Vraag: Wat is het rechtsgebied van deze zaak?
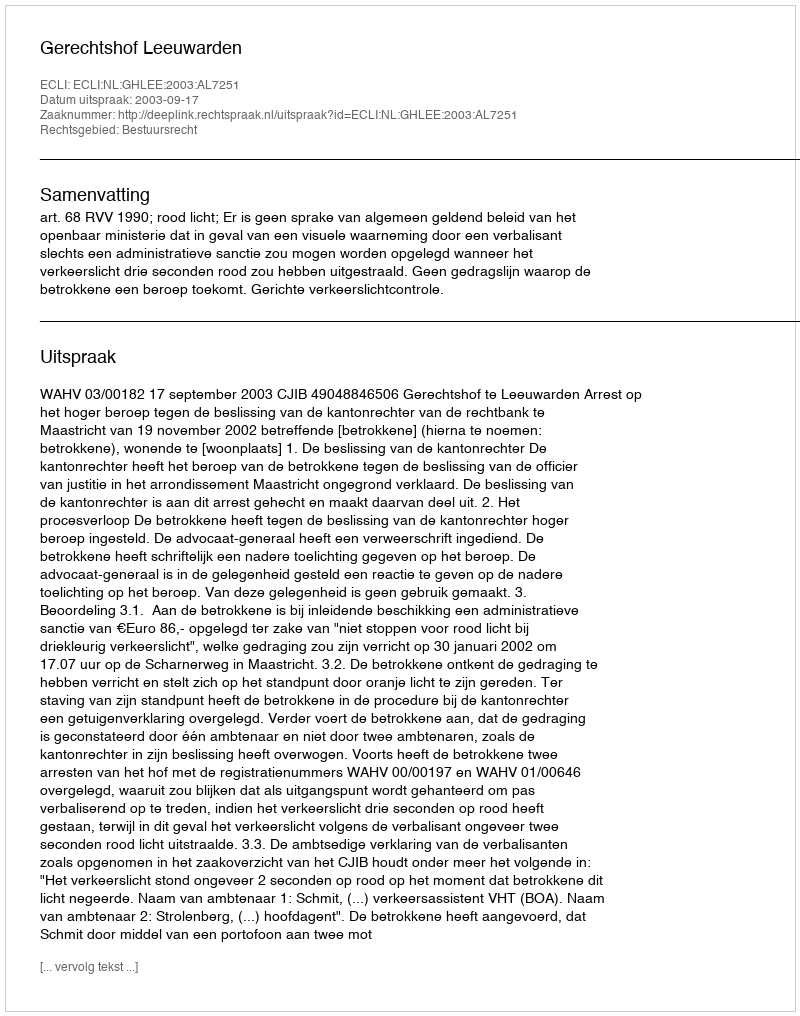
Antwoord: Bestuursrecht